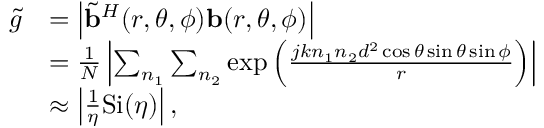
\begin{array} { r l } { { \widetilde { g } } } & { = \left| { \widetilde { \bf { b } } } ^ { H } ( r , \theta , \phi ) { \bf { b } } ( r , \theta , \phi ) \right| } \\ & { = \frac { 1 } { N } \left| \sum _ { n _ { 1 } } \sum _ { n _ { 2 } } \exp \left( \frac { j k n _ { 1 } n _ { 2 } d ^ { 2 } \cos \theta \sin \theta \sin \phi } { r } \right) \right| } \\ & { \approx \left| \frac { 1 } { \eta } \mathrm { { S i } } ( \eta ) \right| , } \end{array}